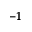
^ { - 1 }